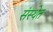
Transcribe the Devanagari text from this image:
संस्‍थेत